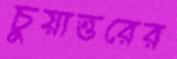
চুয়াত্তরের